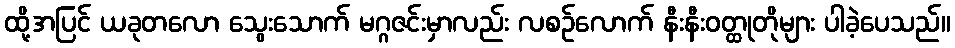
ထို့အပြင် ယခုတလော သွေးသောက် မဂ္ဂဇင်းမှာလည်း လစဉ်လောက် နီးနီးဝတ္ထုတိုများ ပါခဲ့ပေသည်။